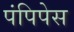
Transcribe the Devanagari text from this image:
पंपिपेस